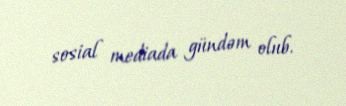
sosial mediada gündəm olub.